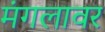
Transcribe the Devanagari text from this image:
मंगलावर